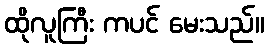
ထိုလူကြီး ကပင် မေးသည်။